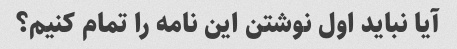
آیا نباید اول نوشتن این نامه را تمام کنیم؟